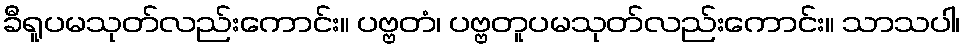
ခီရူပမသုတ်လည်းကောင်း။ ပဗ္ဗတံ၊ ပဗ္ဗတူပမသုတ်လည်းကောင်း။ သာသပါ၊